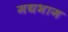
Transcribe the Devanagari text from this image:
गद्यभाग